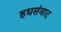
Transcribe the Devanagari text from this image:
हद्यसंवाद